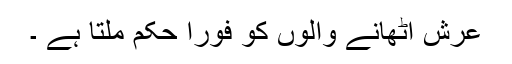
عرش اٹھانے والوں کو فوراً حکم ملتا ہے ۔